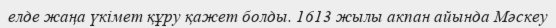
елде жаңа үкімет құру қажет болды. 1613 жылы акпан айында Мәскеу